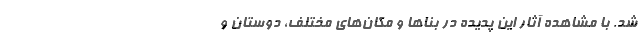
شد. با مشاهده آثار این پدیده در بناها و مکان‌های مختلف، دوستان و